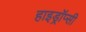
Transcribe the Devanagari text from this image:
हाइड्रॉप्सी